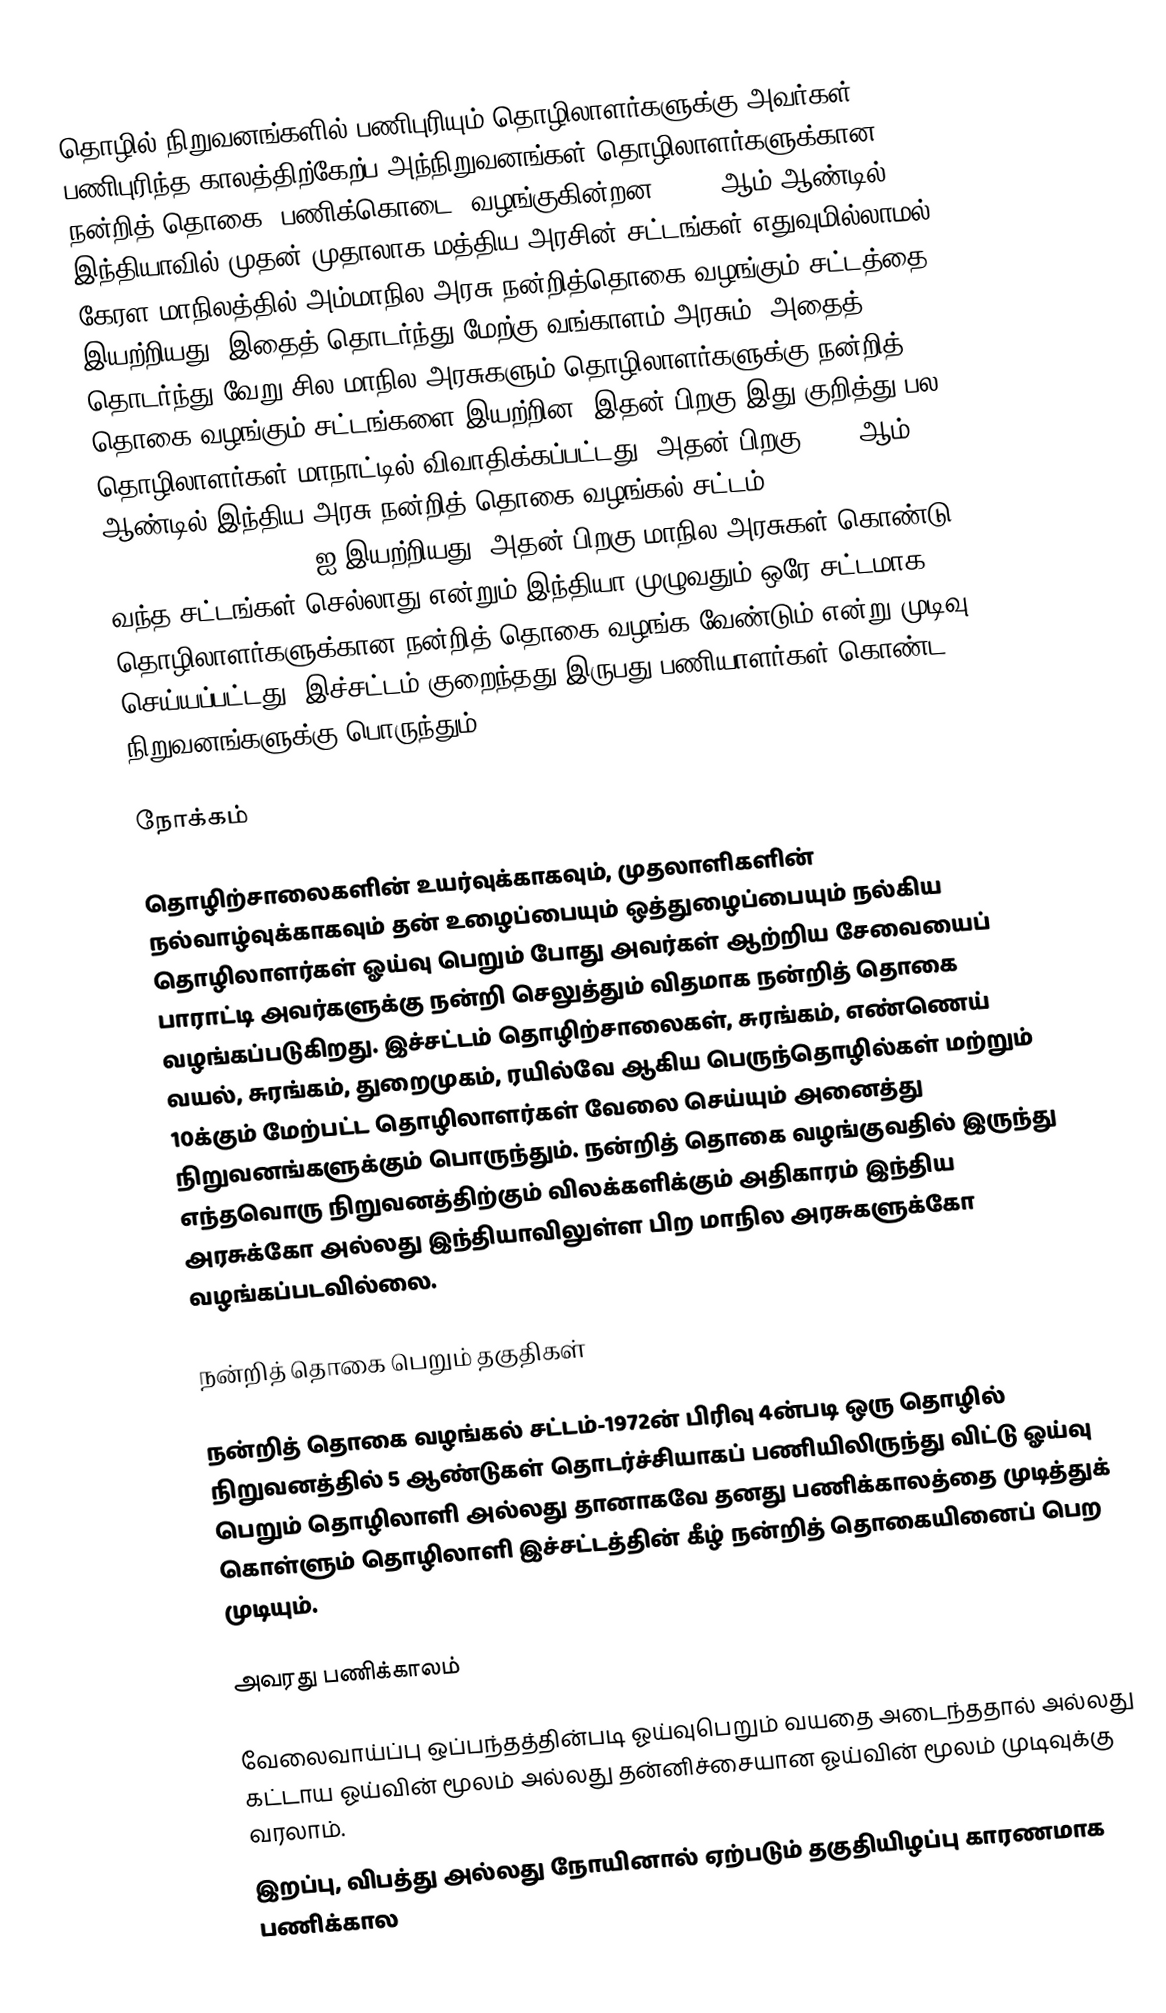
தொழில் நிறுவனங்களில் பணிபுரியும் தொழிலாளர்களுக்கு அவர்கள் பணிபுரிந்த காலத்திற்கேற்ப அந்நிறுவனங்கள் தொழிலாளர்களுக்கான நன்றித் தொகை (பணிக்கொடை) வழங்குகின்றன. 1970 ஆம் ஆண்டில்  இந்தியாவில் முதன் முதாலாக மத்திய அரசின் சட்டங்கள் எதுவுமில்லாமல்  கேரள மாநிலத்தில் அம்மாநில அரசு நன்றித்தொகை வழங்கும் சட்டத்தை இயற்றியது. இதைத் தொடர்ந்து மேற்கு வங்காளம் அரசும், அதைத் தொடர்ந்து வேறு சில மாநில அரசுகளும் தொழிலாளர்களுக்கு நன்றித் தொகை வழங்கும் சட்டங்களை இயற்றின. இதன் பிறகு இது குறித்து பல தொழிலாளர்கள் மாநாட்டில் விவாதிக்கப்பட்டது. அதன் பிறகு 1972 ஆம் ஆண்டில் இந்திய அரசு நன்றித் தொகை வழங்கல் சட்டம் - 1972 (en: Payment of Gratuity Act – 1972)-ஐ இயற்றியது. அதன் பிறகு மாநில அரசுகள் கொண்டு வந்த சட்டங்கள் செல்லாது என்றும் இந்தியா முழுவதும் ஒரே சட்டமாக தொழிலாளர்களுக்கான நன்றித் தொகை வழங்க வேண்டும் என்று முடிவு செய்யப்பட்டது. இச்சட்டம் குறைந்தது இருபது பணியாளர்கள் கொண்ட நிறுவனங்களுக்கு பொருந்தும்.

நோக்கம்

தொழிற்சாலைகளின் உயர்வுக்காகவும், முதலாளிகளின் நல்வாழ்வுக்காகவும் தன் உழைப்பையும் ஒத்துழைப்பையும் நல்கிய தொழிலாளர்கள் ஓய்வு பெறும் போது அவர்கள் ஆற்றிய சேவையைப் பாராட்டி அவர்களுக்கு நன்றி செலுத்தும் விதமாக நன்றித் தொகை வழங்கப்படுகிறது. இச்சட்டம் தொழிற்சாலைகள், சுரங்கம், எண்ணெய் வயல், சுரங்கம், துறைமுகம், ரயில்வே ஆகிய பெருந்தொழில்கள் மற்றும் 10க்கும் மேற்பட்ட தொழிலாளர்கள் வேலை செய்யும் அனைத்து நிறுவனங்களுக்கும் பொருந்தும். நன்றித் தொகை வழங்குவதில் இருந்து எந்தவொரு நிறுவனத்திற்கும் விலக்களிக்கும் அதிகாரம் இந்திய அரசுக்கோ அல்லது இந்தியாவிலுள்ள பிற மாநில அரசுகளுக்கோ வழங்கப்படவில்லை.

நன்றித் தொகை பெறும் தகுதிகள்

நன்றித் தொகை வழங்கல் சட்டம்-1972ன் பிரிவு 4ன்படி ஒரு தொழில் நிறுவனத்தில் 5 ஆண்டுகள் தொடர்ச்சியாகப் பணியிலிருந்து விட்டு ஓய்வு பெறும் தொழிலாளி அல்லது தானாகவே தனது பணிக்காலத்தை முடித்துக் கொள்ளும் தொழிலாளி இச்சட்டத்தின் கீழ் நன்றித் தொகையினைப் பெற முடியும்.

அவரது பணிக்காலம்

 வேலைவாய்ப்பு ஒப்பந்தத்தின்படி ஓய்வுபெறும் வயதை அடைந்ததால் அல்லது கட்டாய ஓய்வின் மூலம் அல்லது தன்னிச்சையான ஓய்வின் மூலம் முடிவுக்கு வரலாம்.
 இறப்பு, விபத்து அல்லது நோயினால் ஏற்படும் தகுதியிழப்பு காரணமாக பணிக்கால